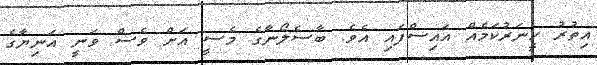
އިތުރު ހީނަރުކަމެއް އައިސްފައި އެވެ. ބާސެލޯނާގެ މެސީ އަށް ވެސް ވަނީ އަނިޔާގެ